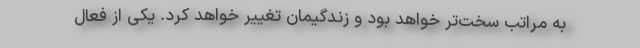
به مراتب سخت‌تر خواهد بود و زندگیمان تغییر خواهد کرد. یکی از فعال